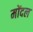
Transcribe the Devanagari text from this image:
मोंदल